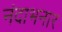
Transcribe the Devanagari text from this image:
नंदाभनार